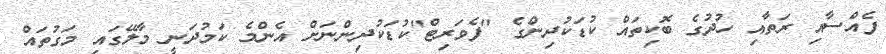
ފެއްސާއި ރަތާއި ހުދުގެ ބޮކިތައް ކުޑަކުދިންގެ "ފެވަރިޓް"ކުޑަކުދިންނަށް އެންމެ ކަމުދަނީ މާލޭގައި މަގުތައް